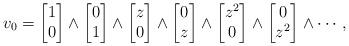
LaTeX: \begin{gather*} v_{0}=\begin{bmatrix} 1\\0\end{bmatrix}\wedge\begin{bmatrix} 0\\1\end{bmatrix}\wedge\begin{bmatrix} z\\0\end{bmatrix}\wedge\begin{bmatrix} 0\\z\end{bmatrix}\wedge\begin{bmatrix} z^{2}\\0\end{bmatrix}\wedge\begin{bmatrix} 0\\z^{2}\\\end{bmatrix}\wedge\cdots,\end{gather*}